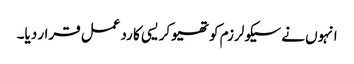
انہوں نے سیکولرزم کو تھیوکریسی کا ردعمل قرار دیا۔